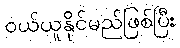
ဝယ်ယူနိုင်မည်ဖြစ်ပြီး